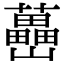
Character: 𡿉